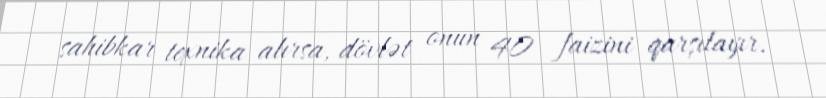
sahibkar texnika alırsa, dövlət onun 40 faizini qarşılayır.